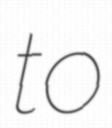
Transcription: to